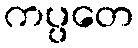
ကပ္ပတေ